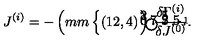
J ^ { ( i ) } = - \left( \setlength { \unitlength } { 1 m m } \left\{ \begin{picture} { ( 1 2 , 4 ) \thicklines \put ( 6 , 1 ) { \circle { 8 } } \put ( 1 . 7 5 , 1 ) { \circle * { 1 } } \put ( 1 0 . 2 5 , 1 ) { \circle * { 1 } } \put ( 1 2 . 5 , 4 ) { \makebox ( 0 , 0 ) [ l ] { \scriptsize - \! 1 } } } \\ \end{picture} \right. \right) \: \frac { \delta \Gamma ^ { ( i ) } } { \delta J ^ { ( 0 ) } } .